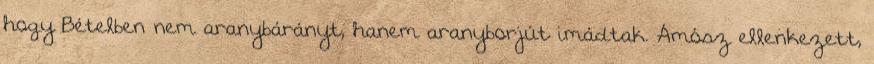
hogy Bételben nem aranybárányt, hanem aranyborjút imádtak. Ámósz ellenkezett,